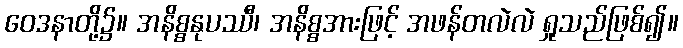
ဝေဒနာတို့၌။ အနိစ္စနုပဿီ၊ အနိစ္စအားဖြင့် အဖန်တလဲလဲ ရှုသည်ဖြစ်၍။